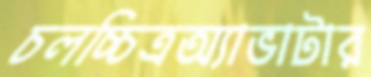
চলচ্চিত্রঅ্যাভাটার